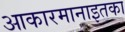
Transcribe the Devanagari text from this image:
आकारमानाइतका